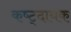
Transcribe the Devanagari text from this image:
कष्ट्दायक